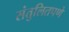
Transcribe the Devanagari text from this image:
संतुलितपणे